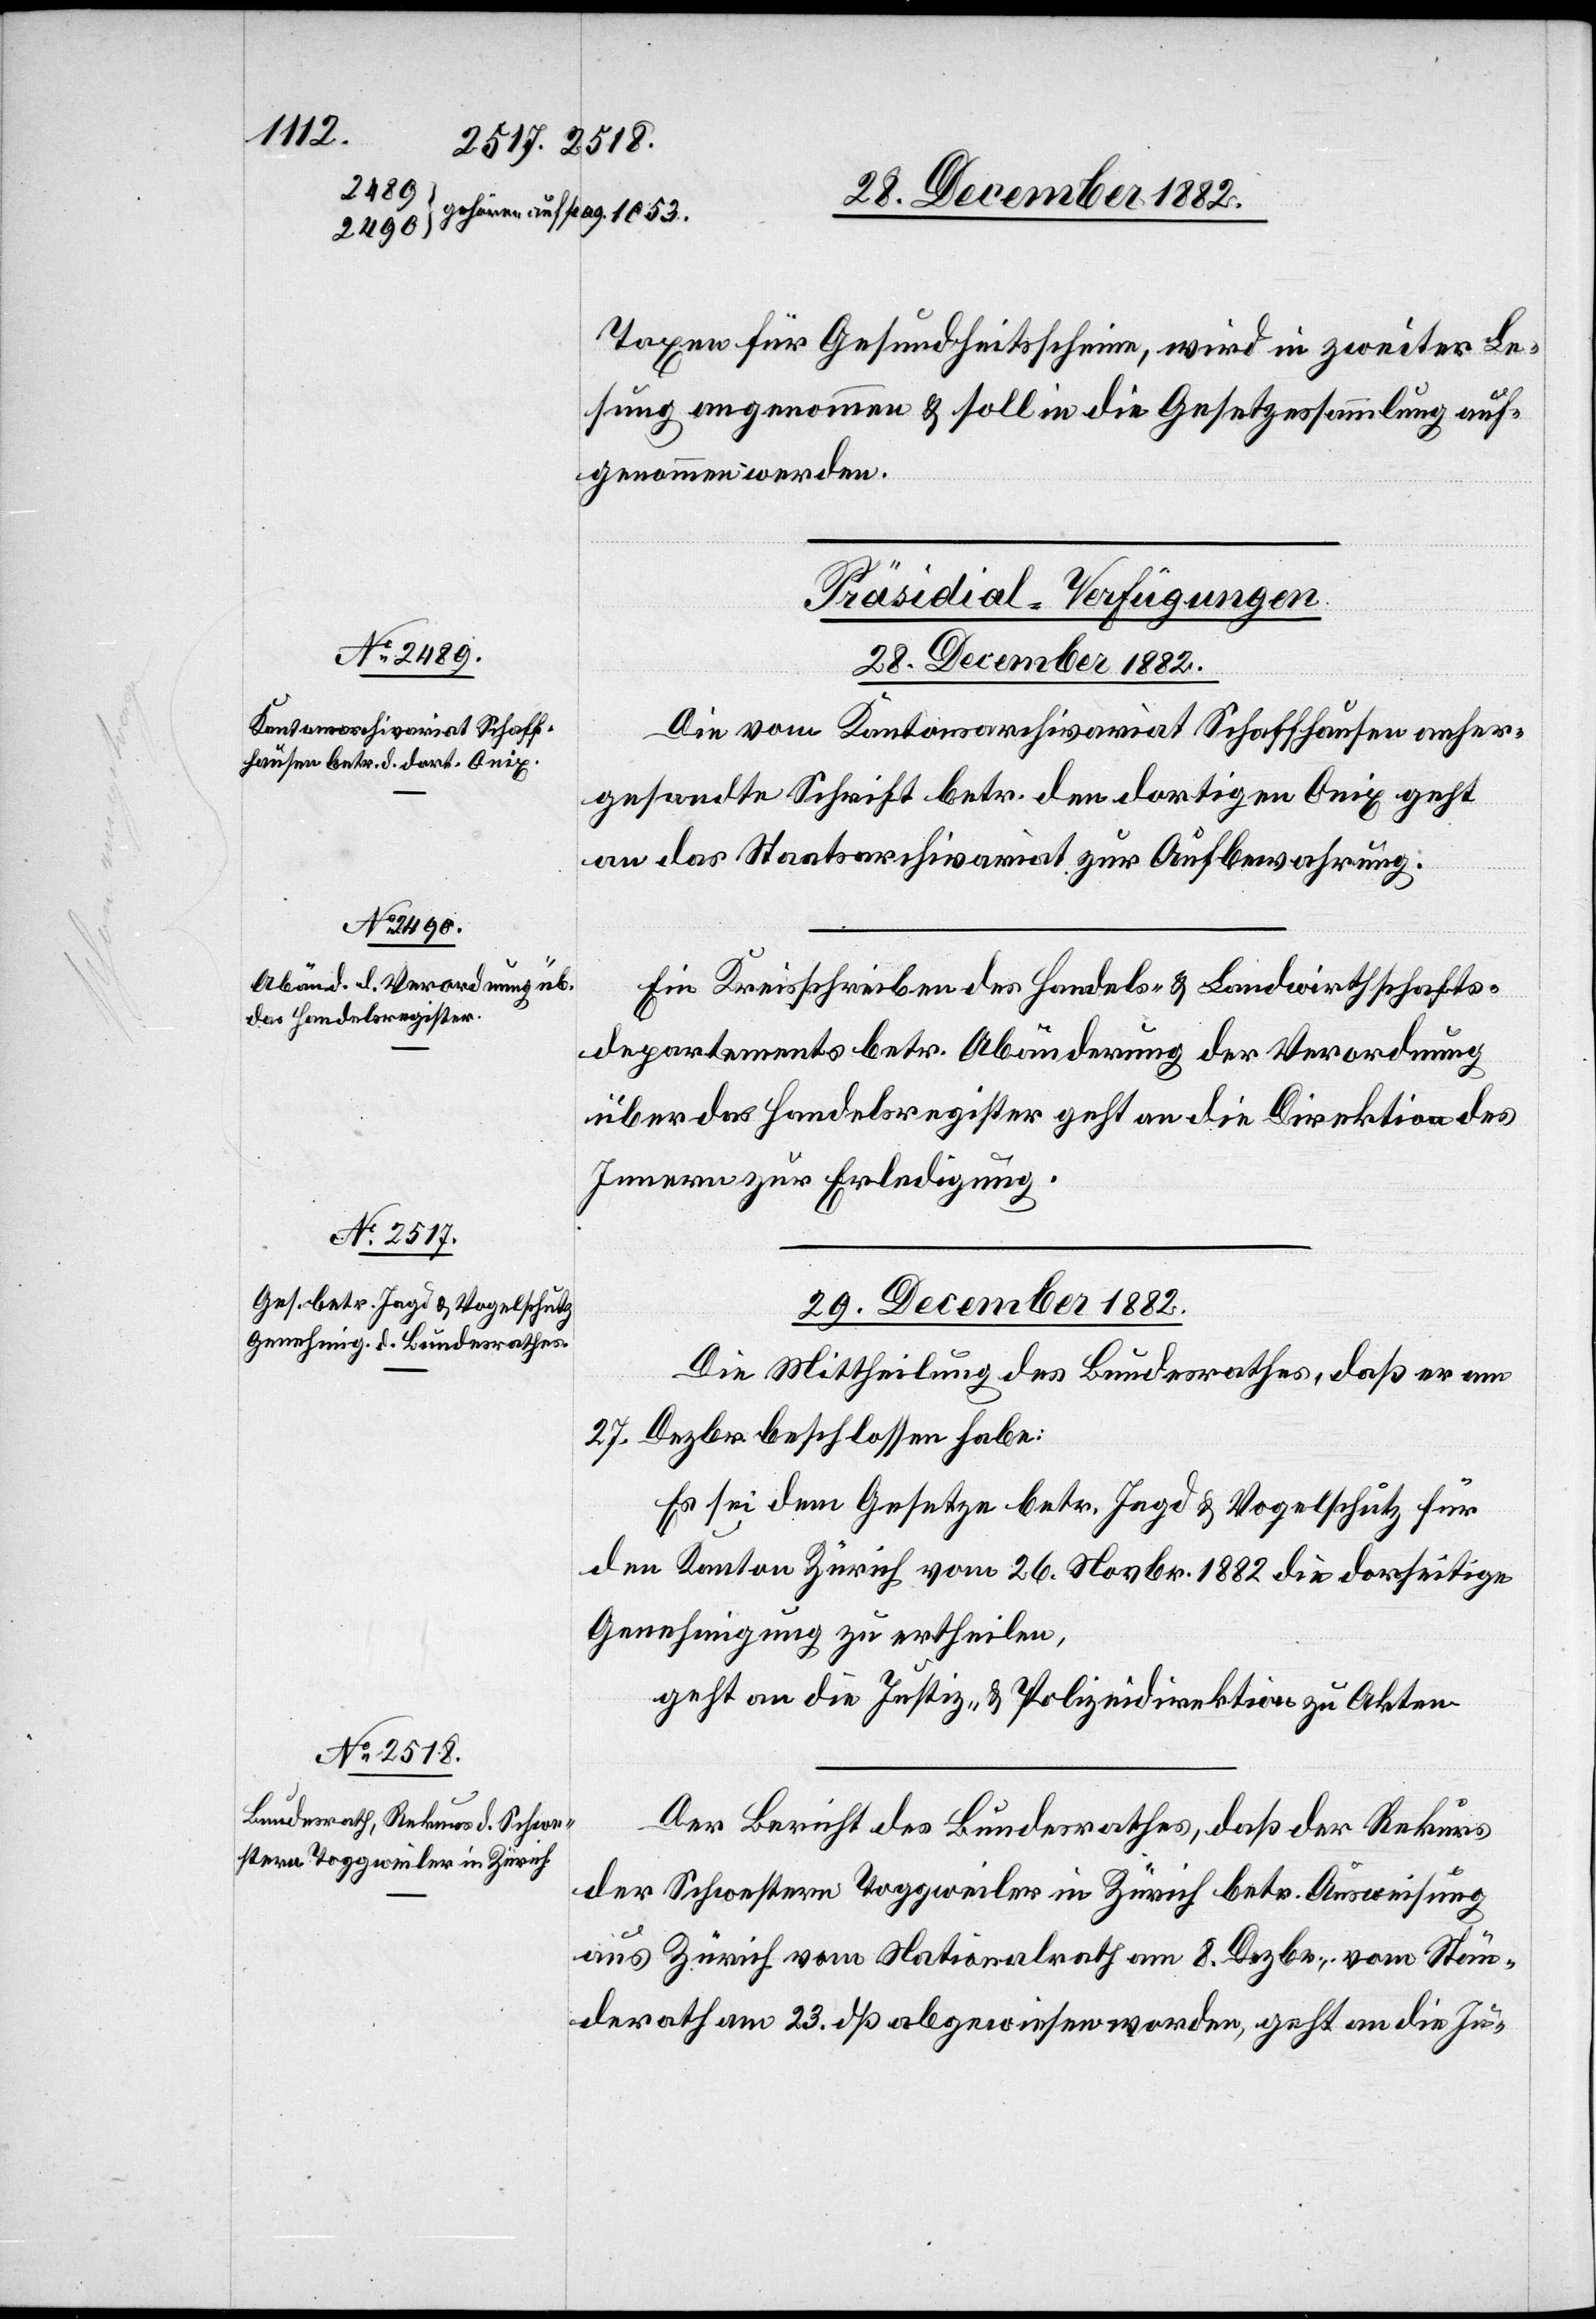
Taxen für Gesundheitsscheine, wird in zweiter Le¬
sung angenommen & soll in die Gesetzessammlung auf¬
genommen werden.
[Präsidial-Verfügungen.
28. December 1882.]
Die vom Kantonsarchivariat Schaffhausen anher¬
gesandte Schrift betr. den dortigen Onix geht
an das Staatsarchivariat zur Aufbewahrung.
Ein Kreisschreiben des Handels- & Landwirthschafts¬
departements betr. Abänderung der Verordnung
über das Handelsregister geht an die Direktion des
Innern zur Erledigung.
29. December 1882.]
Die Mittheilung des Bundesrathes, daß er am
27. Dezbr. beschlossen habe:
Es sei dem Gesetzes betr. Jagd & Vogelschutz für
den Kanton Zürich vom 26. Novbr. 1882 die dor[t]seitige
Genehmigung zu ertheilen.
geht an die Justiz- & Polizeidirektion zu Akten.
Der Bericht des Bundesrathes, daß der Rekurs
der Schwestern Toggweiler in Zürich betr. Ausweisung
aus Zürich vom Nationalrath am 8. Dezbr., vom Stän¬
derath am 23. dß abgewiesen worden, geht an die Ju-